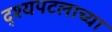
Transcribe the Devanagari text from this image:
द्श्यपटलाच्या